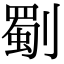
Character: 劅